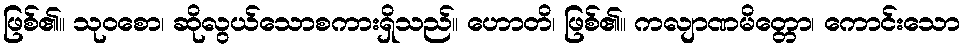
ဖြစ်၏။ သုဝစော၊ ဆိုလွယ်သောစကားရှိသည်။ ဟောတိ၊ ဖြစ်၏။ ကလျာဏမိတ္တော၊ ကောင်းသော